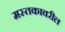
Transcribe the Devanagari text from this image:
मस्तकावरील